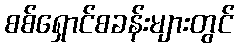
စစ်ရှောင်စခန်းများတွင်